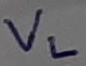
Text: VL